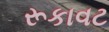
રૂકાવટ